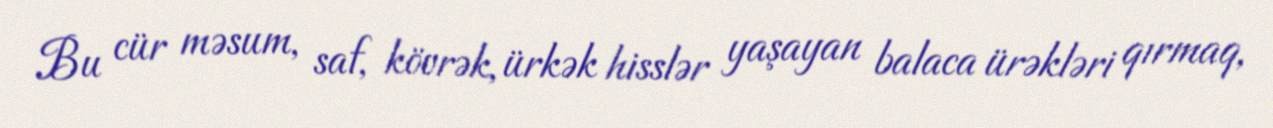
Bu cür məsum, saf, kövrək, ürkək hisslər yaşayan balaca ürəkləri qırmaq,